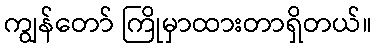
ကျွန်တော် ကြိုမှာထားတာရှိတယ်။